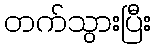
တက်သွားပြီး